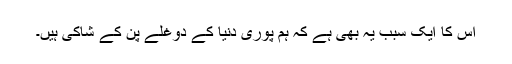
اس کا ایک سبب یہ بھی ہے کہ ہم پوری دنیا کے دوغلے پن کے شاکی ہیں۔